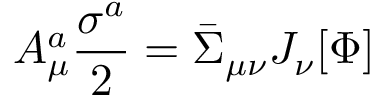
A _ { \mu } ^ { a } \frac { \sigma ^ { a } } { 2 } = \bar { \Sigma } _ { \mu \nu } J _ { \nu } [ \Phi ]